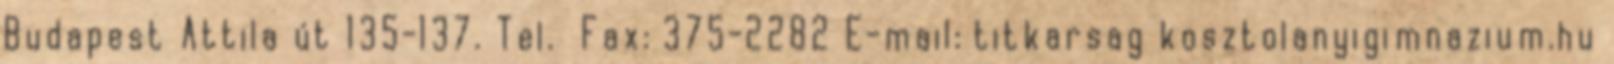
Budapest Attila út 135-137. Tel. Fax: 375-2282 E-mail: titkarsag kosztolanyigimnazium.hu